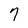
Character: 7